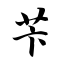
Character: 苄